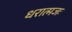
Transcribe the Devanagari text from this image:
धरात्मजः